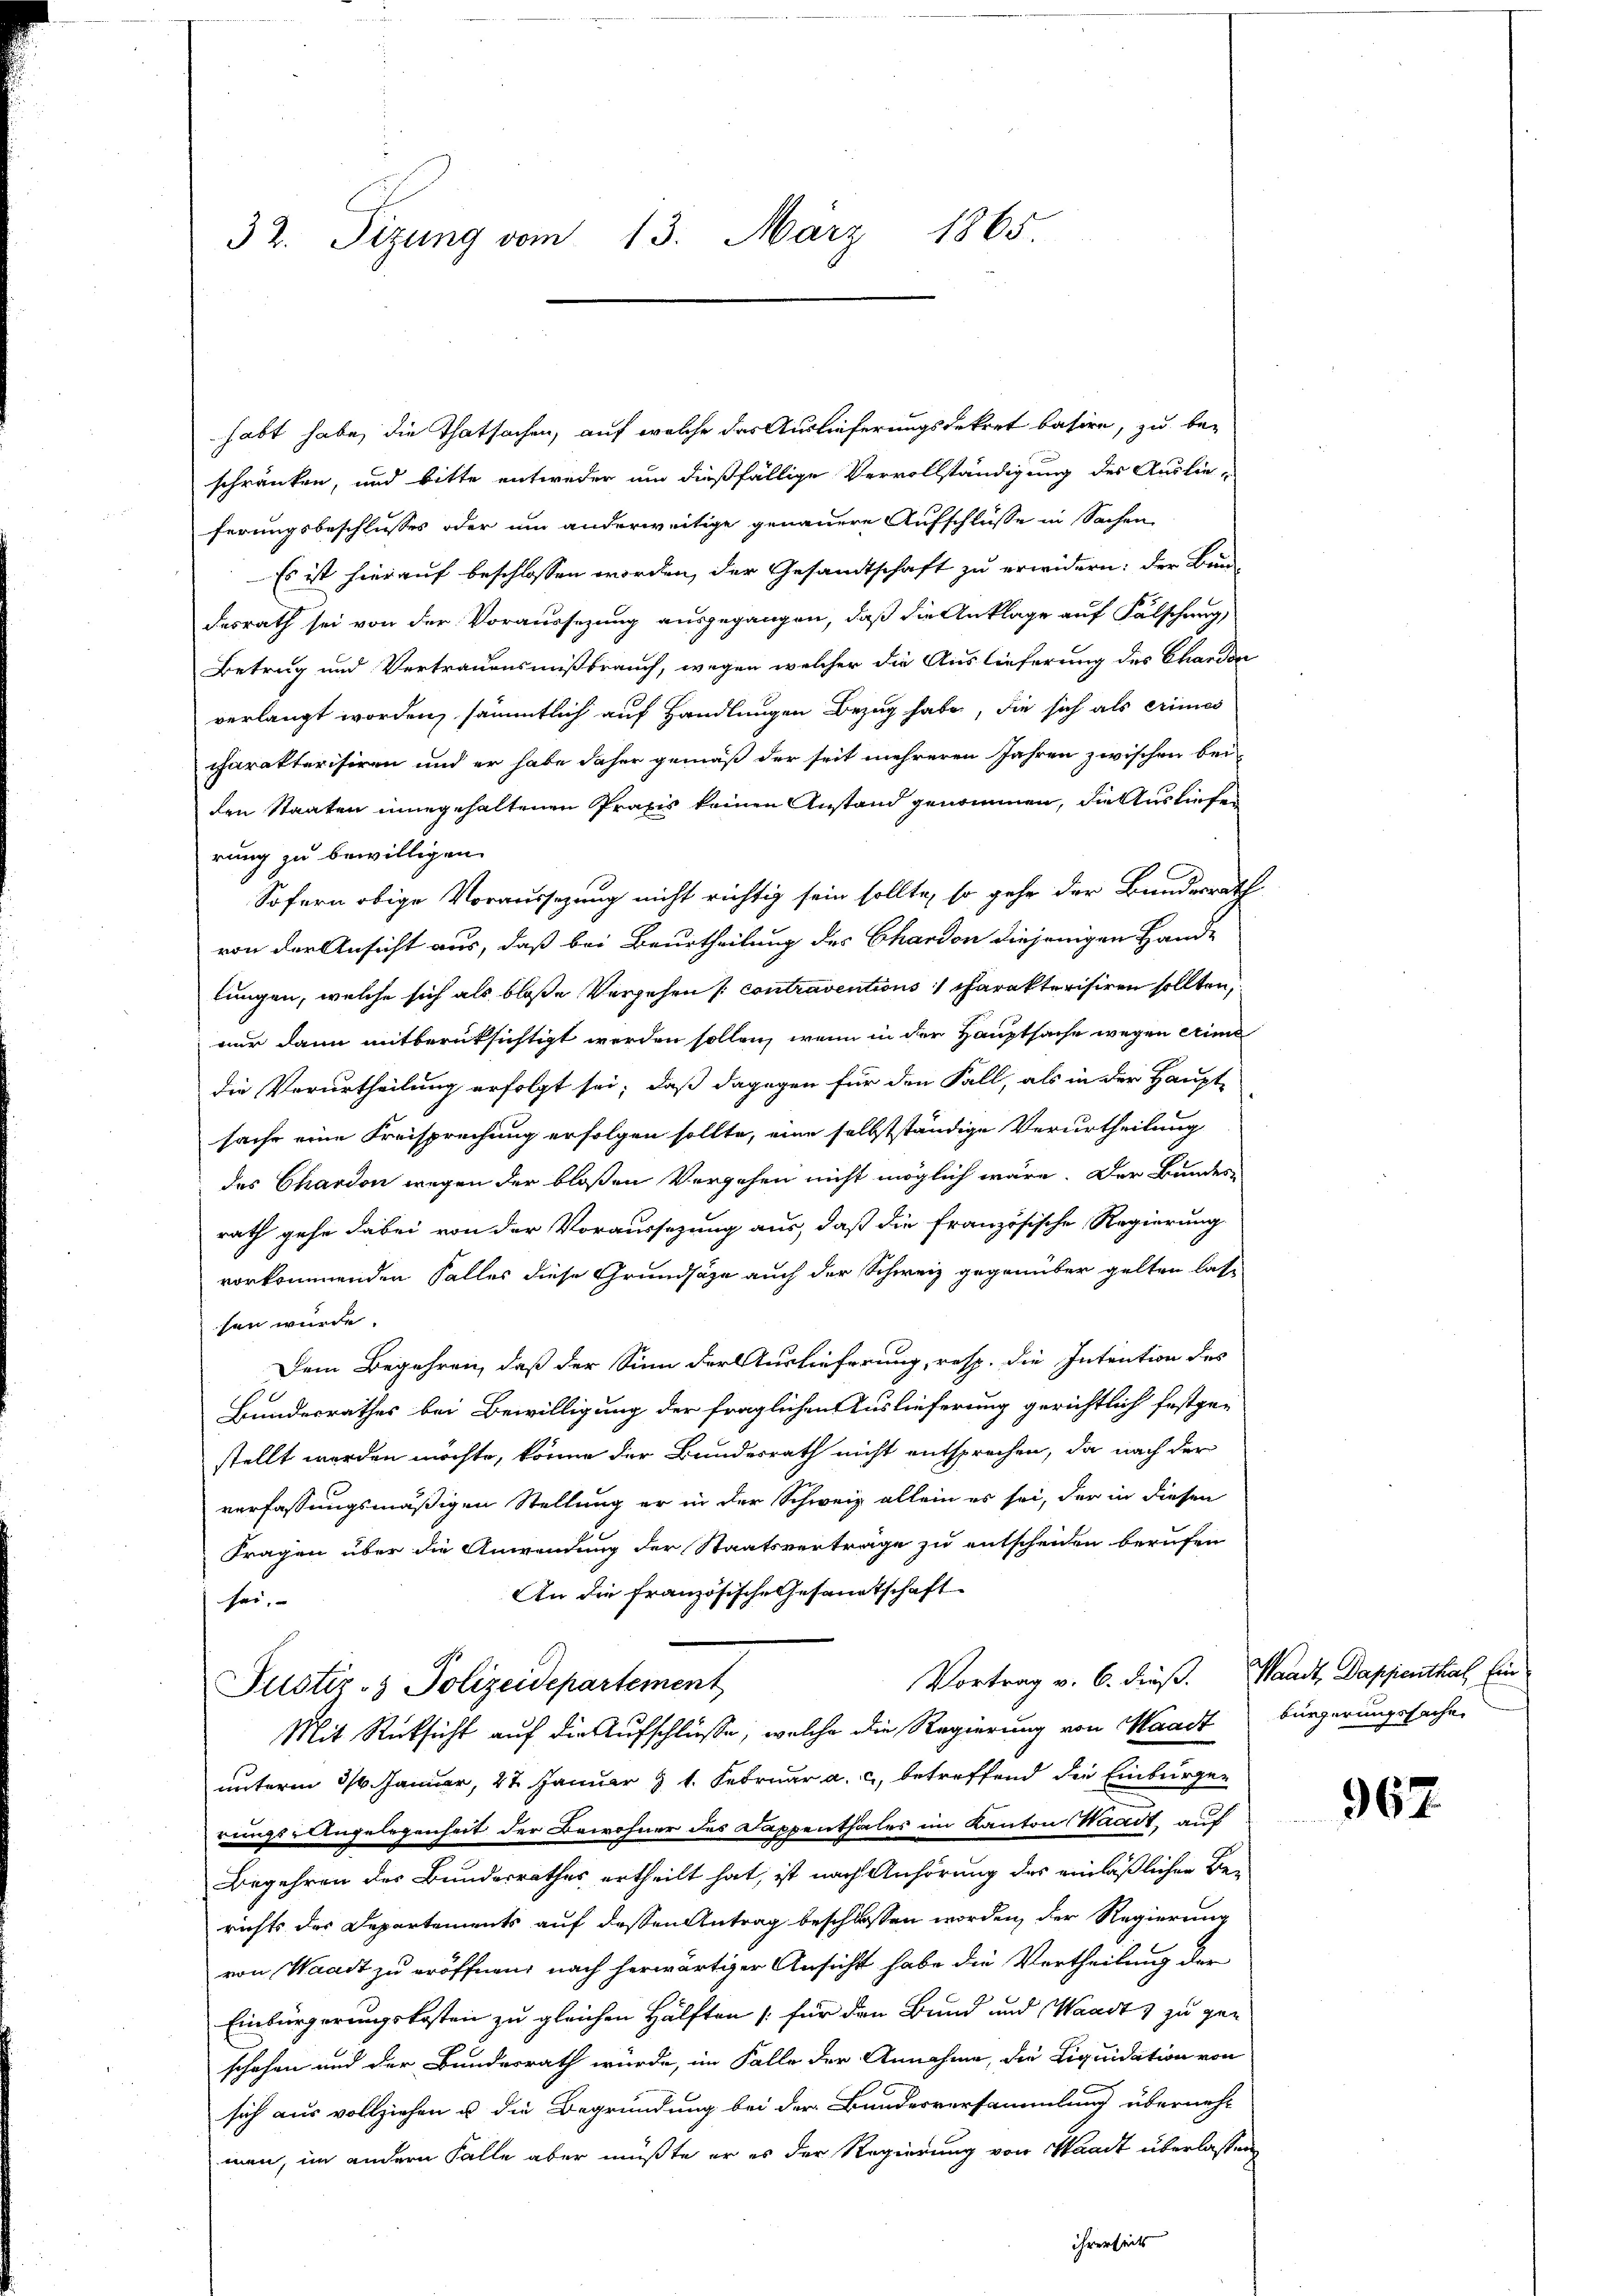
32. Sizung vom 13. März 1865

habt habe, die Thatsachen, auf welche das Auslieferungsdekret basire, zu be-
schränken, und bitte entweder um dießfällige Vervollständigung des Auslieferungsbeschlusses oder um anderweitige genauere Aufschlüsse in Sachen
Es ist hierauf beschlossen worden, der Gesamtschaft zu erwidern: der Bun
desrath sei von der Voraussezung ausgegangen, daß die Anklage auf Fälschung,
Betrug und Vertrauensmißbrauch, wegen welcher die Auslieferung des Charden
verlangt worden, sämmtlich auf Handlungen Bezug habe, die sich als erines
charakterisiren und er habe daher gemäß der seit mehreren Jahren zwischen bei-
den Staaten innegehaltenen Praxis keinen Anstand genommen, die Ausliefe
rung zu bewilligen.
Sofern obige Voraussezung nicht richtig sein sollte, so gehe der Bundesrath
von der Ansicht aus, daß bei Beurtheilung des Chardon diejenigen Hande
lungen, welche sich als bloße Vergehen (contraventions charakterisiren sollten,
nur dann mitberüksichtigt werden sollen, wenn in der Hauptsache wegen eine
die Verurtheilung erfolgt sei; daß dagegen für den Fall, als in der Haupt-
sache eine Freisprechung erfolgen sollte, eine selbstständige Verurtheilung
des Chardon wegen der bloßen Vergehen nicht möglich wäre. Der Bundes-
rath gehe dabei von der Voraussezung aus, daß die französische Regierung
vorkommenden Falles diese Grundsätze auch der Schweiz gegenüber gelten lasse
sen würde.
Dem Begehren, daß der Sinn der Auslieferung, resp. die Intention des
Bundesrathes bei Bewilligung der fraglichen Auslieferung gerichtlich festgestellt werden möchte, könne der Bundesrath nicht entsprochen, da nach der
verfassungsmäßigen Stellung er in der Schweiz allein es sei, der in diesen
Fragen über die Anwendung der Staatsvertrage zu entscheiden berufen
An die französische Gesandtschaft
sei.
Vortrag v. 6. dieß. Waadt, Dappenthal, Ein
Justiz- & Polizeidepartement
Mit Rücksicht auf die Aufschlüsse, welche die Regierung von Waadt
unterm 30. Januar, 27 Januar & 1. Februar a. c., betreffend die Einburger
rungs-Angelegenheit der Bewohner des Dappenthales im Kanton Waadt, auf
Begehren des Bundesrathes ertheilt hat, ist nach Anhörung des einläßlichen Be-
richts des Departements auf dessen Antrag beschlossen worden, der Regierung
von Waadt zu eröffnen, nach herwärtiger Ansicht habe die Vertheilung der
Einbürgerungskosten zu gleichen Hälften [für den Bund und Waadt, zu ge-
schehen und der Bundesrath würde, im Falle der Annahme, die Liquidation von
sich aus vollziehen u die Begründung bei der Bundesversammlung übernehm
men, im andern Falle aber müßte er es der Regierung von Waadt überlassen
ihrerseits

bürgerungssache

967.